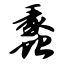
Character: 蠡